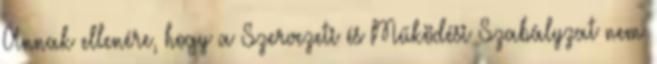
Annak ellenére, hogy a Szervezeti és Működési Szabályzat nem